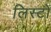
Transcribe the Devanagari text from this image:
लिस्टों